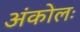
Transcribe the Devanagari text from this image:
अंकोलः